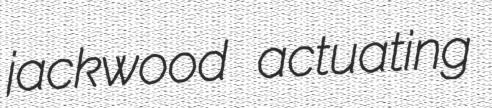
jackwood actuating